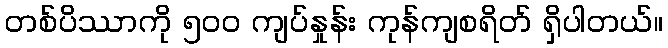
တစ်ပိဿာကို ၅၀၀ ကျပ်နှုန်း ကုန်ကျစရိတ် ရှိပါတယ်။